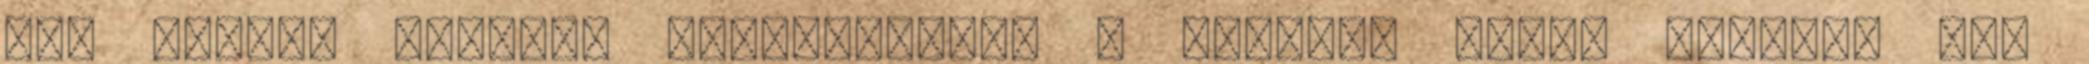
elé fogott mozdony kapaszkodott a meredek hegyi pályán. Már